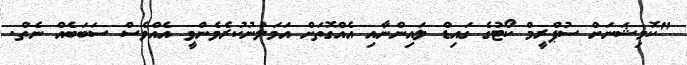
"ކޮމިޝަނަށް ސުޕްރީމް ކޯޓުގެ ގައިޑް ލައިންނާއި އެއްގޮތަށް އަމަލުނުކުރެވެންވީ އެއްވެސް ސަބަބެއް ނެތް.